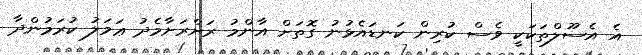
އެ އެސޫލްތަކަކީ ވެސް ކުރިން ކަނޑައެޅުނު ގޮތަށް އާންމު ރަށްރަށާމެދު ޢަމަލު ކުރަމުންދާ